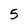
Character: 5